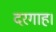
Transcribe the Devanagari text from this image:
दरगाह।